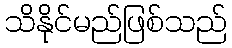
သိနိုင်မည်ဖြစ်သည်